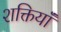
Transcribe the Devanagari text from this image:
शक्तियॉं